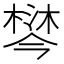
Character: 𣙄